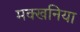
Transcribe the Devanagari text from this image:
मक्खनिया